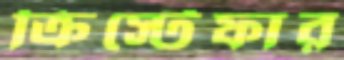
ক্রিস্টেফার